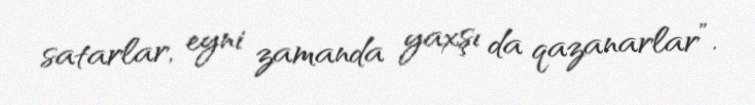
satarlar, eyni zamanda yaxşı da qazanarlar”.